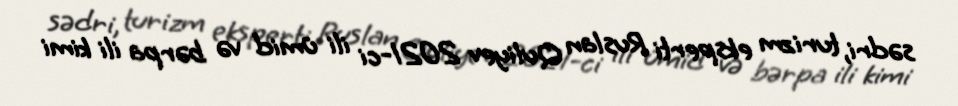
sədri, turizm eksperti Ruslan Quliyev 2021-ci ili ümid və bərpa ili kimi